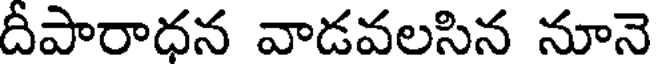
దీపారాధన వాడవలసిన నూనె